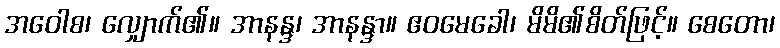
အဝေါစ၊ လျှောက်၏။ အာနန္ဒ၊ အာနန္ဒာ။ ဧဝမေခေါ၊ မိမိ၏စိတ်ဖြင့်။ စေတော၊